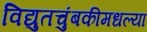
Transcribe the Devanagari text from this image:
विद्युतचुंबकीमधल्या